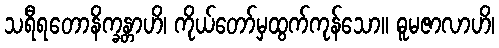
သရီရတောနိက္ခန္တာဟိ၊ ကိုယ်တော်မှထွက်ကုန်သော။ ဓူမဇာလာဟိ၊